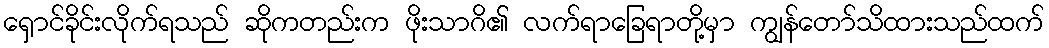
ရှောင်ခိုင်းလိုက်ရသည် ဆိုကတည်းက ဖိုးသာဂိ၏ လက်ရာခြေရာတို့မှာ ကျွန်တော်သိထားသည်ထက်